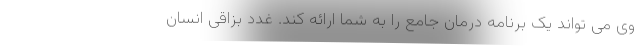
وی می تواند یک برنامه درمان جامع را به شما ارائه کند. غدد بزاقی انسان